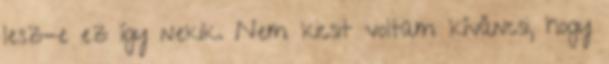
lesz-e ez így nekik. Nem kicsit voltam kíváncsi, hogy